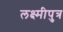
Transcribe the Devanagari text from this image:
लक्ष्मीपुत्र